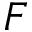
F